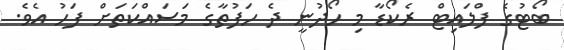
ބޯޓުގެ ފްލައިޓް ރެކޯޑާ މި ހޯދުނީ ދެ ހަފުތާގެ މަސައްކަތަށް ފަހު އެވެ.